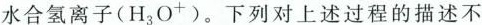
水合氢离子(H_{3}O^{+})。下列对上述过程的描述不